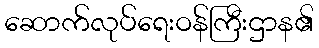
ဆောက်လုပ်ရေးဝန်ကြီးဌာန၏